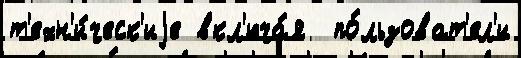
т'ехн'и́ческ'иjе вкл'юча́я  по́льзоват'ел'и